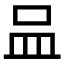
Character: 𠱄